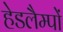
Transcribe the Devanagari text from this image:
हेडलैम्पों